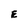
Character: E